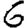
Digit: 6